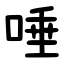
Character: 唾